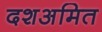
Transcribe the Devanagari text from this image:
दशअमित